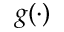
g ( \cdot )